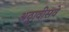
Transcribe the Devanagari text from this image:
अठ्ठावीसवे